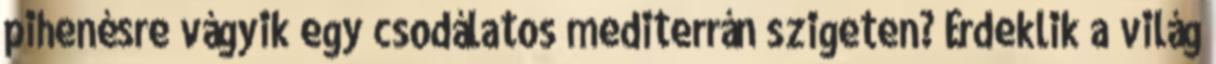
pihenésre vágyik egy csodálatos mediterrán szigeten? Érdeklik a világ